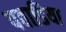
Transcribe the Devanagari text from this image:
पवाडिया